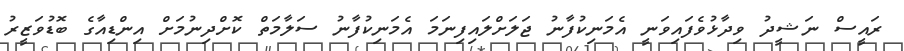
ރައީސް ނަޝީދު ވިދާޅުވެފައިވަނީ އެމަނިކުފާނު ޖަލަށްލައިފިނަމަ އެމަނިކުފާނު ސަލާމަތް ކޮށްދިނުމަށް އިންޑިއާގެ ބޮޑުވަޒީރު